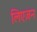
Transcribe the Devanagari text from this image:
लिएज़न